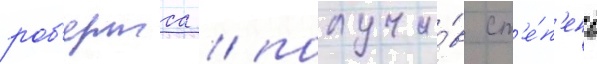
роб'ертса / получи́в ст'е́п'ень